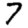
Digit: 7